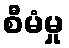
စီမံမှု